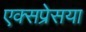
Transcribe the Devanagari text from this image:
एक्सप्रेसया